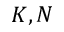
K , N